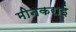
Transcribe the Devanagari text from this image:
मीनकराई